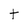
Character: t